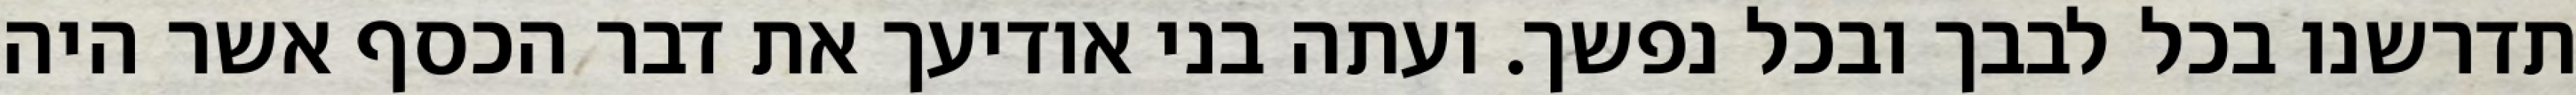
תדרשנו בכל לבבך ובכל נפשך. ועתה בני אודיעך את דבר הכסף אשר היה